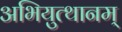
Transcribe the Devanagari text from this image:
अभियुत्थानम्